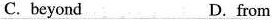
C.beyond D.from